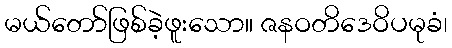
မယ်တော်ဖြစ်ခဲ့ဖူးသော။ ဇနဝတိဒေဝိပမုခံ၊